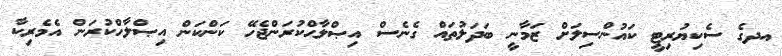
އދގެ ސެކިޔުރިޓީ ކައުންސިލަށް ޒަމާނީ ބަދަލުތައް ގެނެސް އިޞްލާޙްކުރަންޖެހޭ ކަންކަން އިޞްލާހްކުރަން އެމެރިކާ